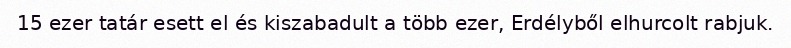
15 ezer tatár esett el és kiszabadult a több ezer, Erdélyből elhurcolt rabjuk.